King Institute of Preventive Medicine Bacteriolog. Section reports 1907-08
Year: 1907
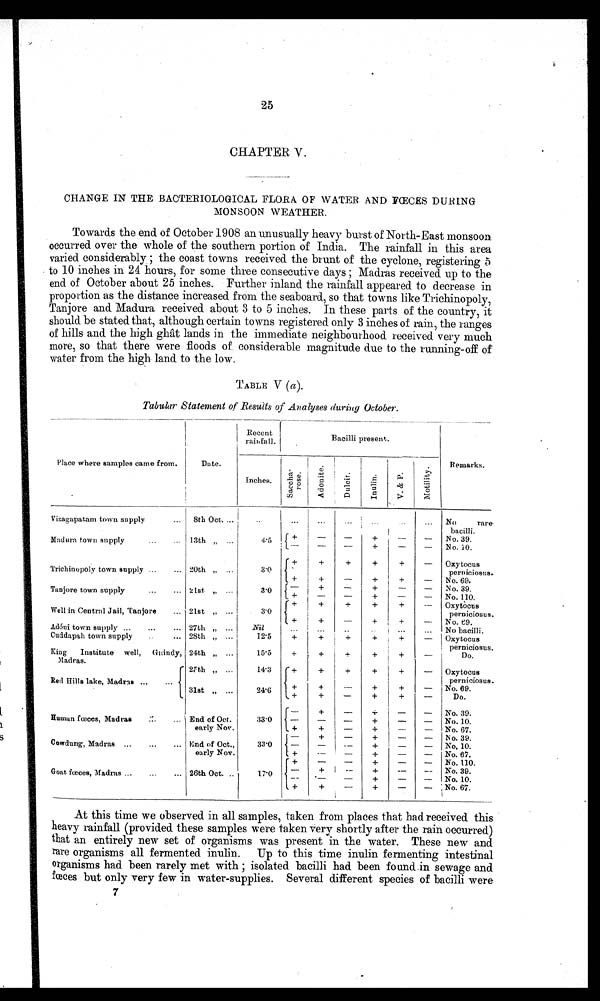
25
CHAPTER V.
CHANGE IN THE BACTERIOLOGICAL FLORA OF WATER AND FŒCES DURING
MONSOON WEATHER.
Towards the end. of October 1908 an unusually heavy burst of North-East monsoon
occurred over the whole of the southern portion of India. The rainfall in this area
varied considerably ; the coast towns received the brunt of the cyclone, registering 5
to 10 inches in 24 hours, for some three consecutive days ; Madras received up to the
end of October about 25 inches. Further inland the rainfall appeared to decrease in
proportion as the distance increased from the seaboard, so that towns like Trichinopoly,
Tanjore and Madura received about 3 to 5 inches. In these parts of the country, it
should be stated that, although certain towns registered only 3 inches of rain, the ranges.
of hills and the high ghât lands in the immediate neighbourhood received very much
more, so that there were floods of, considerable magnitude due to the running-off of
water from the high land to the low.
TABLE V
Tabular Statement of Results. of
(a).
Analyses (luring October.
Recent
rainfall.
Bacilli present.
Place where samples came from.
Date.
P
l i t
Remarks.
Inches.c h
S a c o h a - r o s e .
A d o u i t e .
D u l c i t .
I n u l i m
V . & P .
Vizagapatam town supply
...
8th
Oct. ...
I
..
...
..
...
No
rare-
bacilli.
Madura town supply...
...
4.5
+
—
---
--
--
-
+
+
--
—
—
—
No. 39.
No. 10.
Trichinopoly town supply ...
... 20th „ ...
3'0
+ I +
+
+
+
— Oxytocus
perniciosus.
+
+
—
+
+
— No. 69.
Tanjore town supply
...
... 21st „ ...
3. 0
+
—
—
+
—
—
N o . 3 9 .
No. 110.
Well in Central Jail, Tanjore
... 21st „ ...
3.0
+
+
j
+
+
+
-- Oxytocus
perniciosus.
+
+
—
+
+
—. No. O.
Adóni town supply ... ... ... 27th „ ...
Nil
. . .
. .
. . .
" .
No bacilli.
Cuddapah town supply
... 28th „
12.5
+
+
+
+
+
— Oxytocus
perniciosus.
King Institute well, Gitindy, 24th „ ...
15.5
+
+
+
+
+
—
Do.
Madras.
Red Hills lake, Madras ...
...
2Fth „ ...
14.3
+
+
+
+
+
— Oxytocus
perniciosus.
31st „ ...
2 4 . 6
+
+
+
+
--
—
+
+
+
+
—
—
No. 69.
Do.
—
+
—
4- i —
— No. 39.
Human faeces, Madras
::.
... j End of Oct.
33.0
—
—
—
+
— No. 10.
early Nov.
+
+
—
+
—
— No. 67.
—
+
—
+
—
— No. 39.
Cowdung, Madras ...
...
... End of Oct.,
early Nov.
33.0
—
+
—
--
--
—
+
+
—
—
—
—
No. 10.
No. 67.
+
—
--
+
—
— No. 110.
Goat fœces, Madras ...
...
... 26th Oct. ..
17.0
—
—
+ I --
—
—
+
+
--
—
--
—
No. 39.
No. 10.
+
+
—
+
—
— No. 67.
At this time we observed in all samples, taken from places that had received this
heavy rainfall (provided these samples were taken Very shortly after the rain occurred)
that an entirely new set of organisms was present in the water. These new and
rare organisms all fermented inulin.
Up to this time inulin fermenting intestinal
organisms had been rarely met with ; isolated bacilli had been found in sewage and
fœces but only very few m water-supplies. Several different species of bacilli were
7